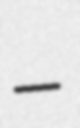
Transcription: –